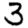
Digit: 3